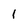
Character: 1